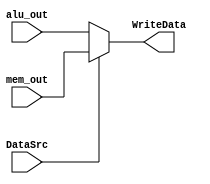
module writeback(alu_out, mem_out, DataSrc, WriteData);
	input [15:0] alu_out, mem_out;
	input DataSrc;
	output [15:0] WriteData;

	assign WriteData = DataSrc ? mem_out : alu_out;
endmodule